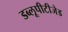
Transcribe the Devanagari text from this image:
डब्लूपीटीजेड